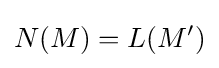
N(M)=L(M')